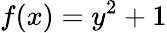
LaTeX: f(x)=y^{2}+1